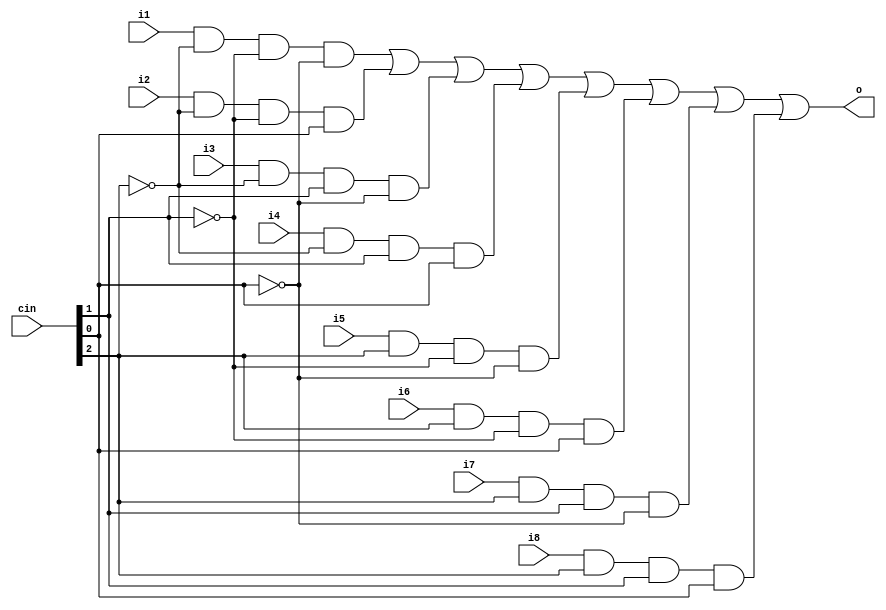
module mux8to1(o, i1, i2, i3, i4, i5, i6, i7, i8, cin);
	input i1, i2, i3, i4, i5, i6, i7, i8;
	input [2:0] cin;
	output o;
	wire x1, x2,x3, x4, x5, x6, x7, x8;

	and a1(x1, i1, ~cin[2], ~cin[1], ~cin[0]);
	and a1(x2, i2, ~cin[2], ~cin[1], cin[0]);
	and a1(x3, i3, ~cin[2], cin[1], ~cin[0]);
	and a1(x4, i4, ~cin[2], cin[1], cin[0]);
	and a1(x5, i5, cin[2], ~cin[1], ~cin[0]);
	and a1(x6, i6, cin[2], ~cin[1], cin[0]);
	and a1(x7, i7, cin[2], cin[1], ~cin[0]);
	and a1(x8, i8, cin[2], cin[1], cin[0]);

	or o1(o,x1, x2,x3, x4, x5, x6, x7, x8);
endmodule